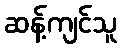
ဆန့်ကျင်သူ